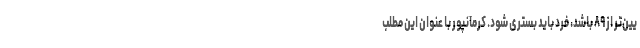
یین‌تر از ۸۹ باشد، فرد باید بستری شود. کرمانپور با عنوان این مطلب